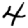
Digit: 4